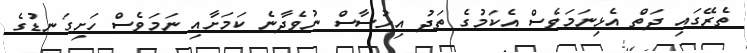
ތެރޭގައި ދަތް އެޅިނަމަވެސް އެކަމުގެ ތަދު އިހުސާސް ނުވެދާނެ ކަމަށާއި ނަމަވެސް ހަށިގަނޑުގެ